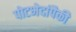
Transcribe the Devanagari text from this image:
पोटभेदांपैकी